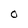
Character: O